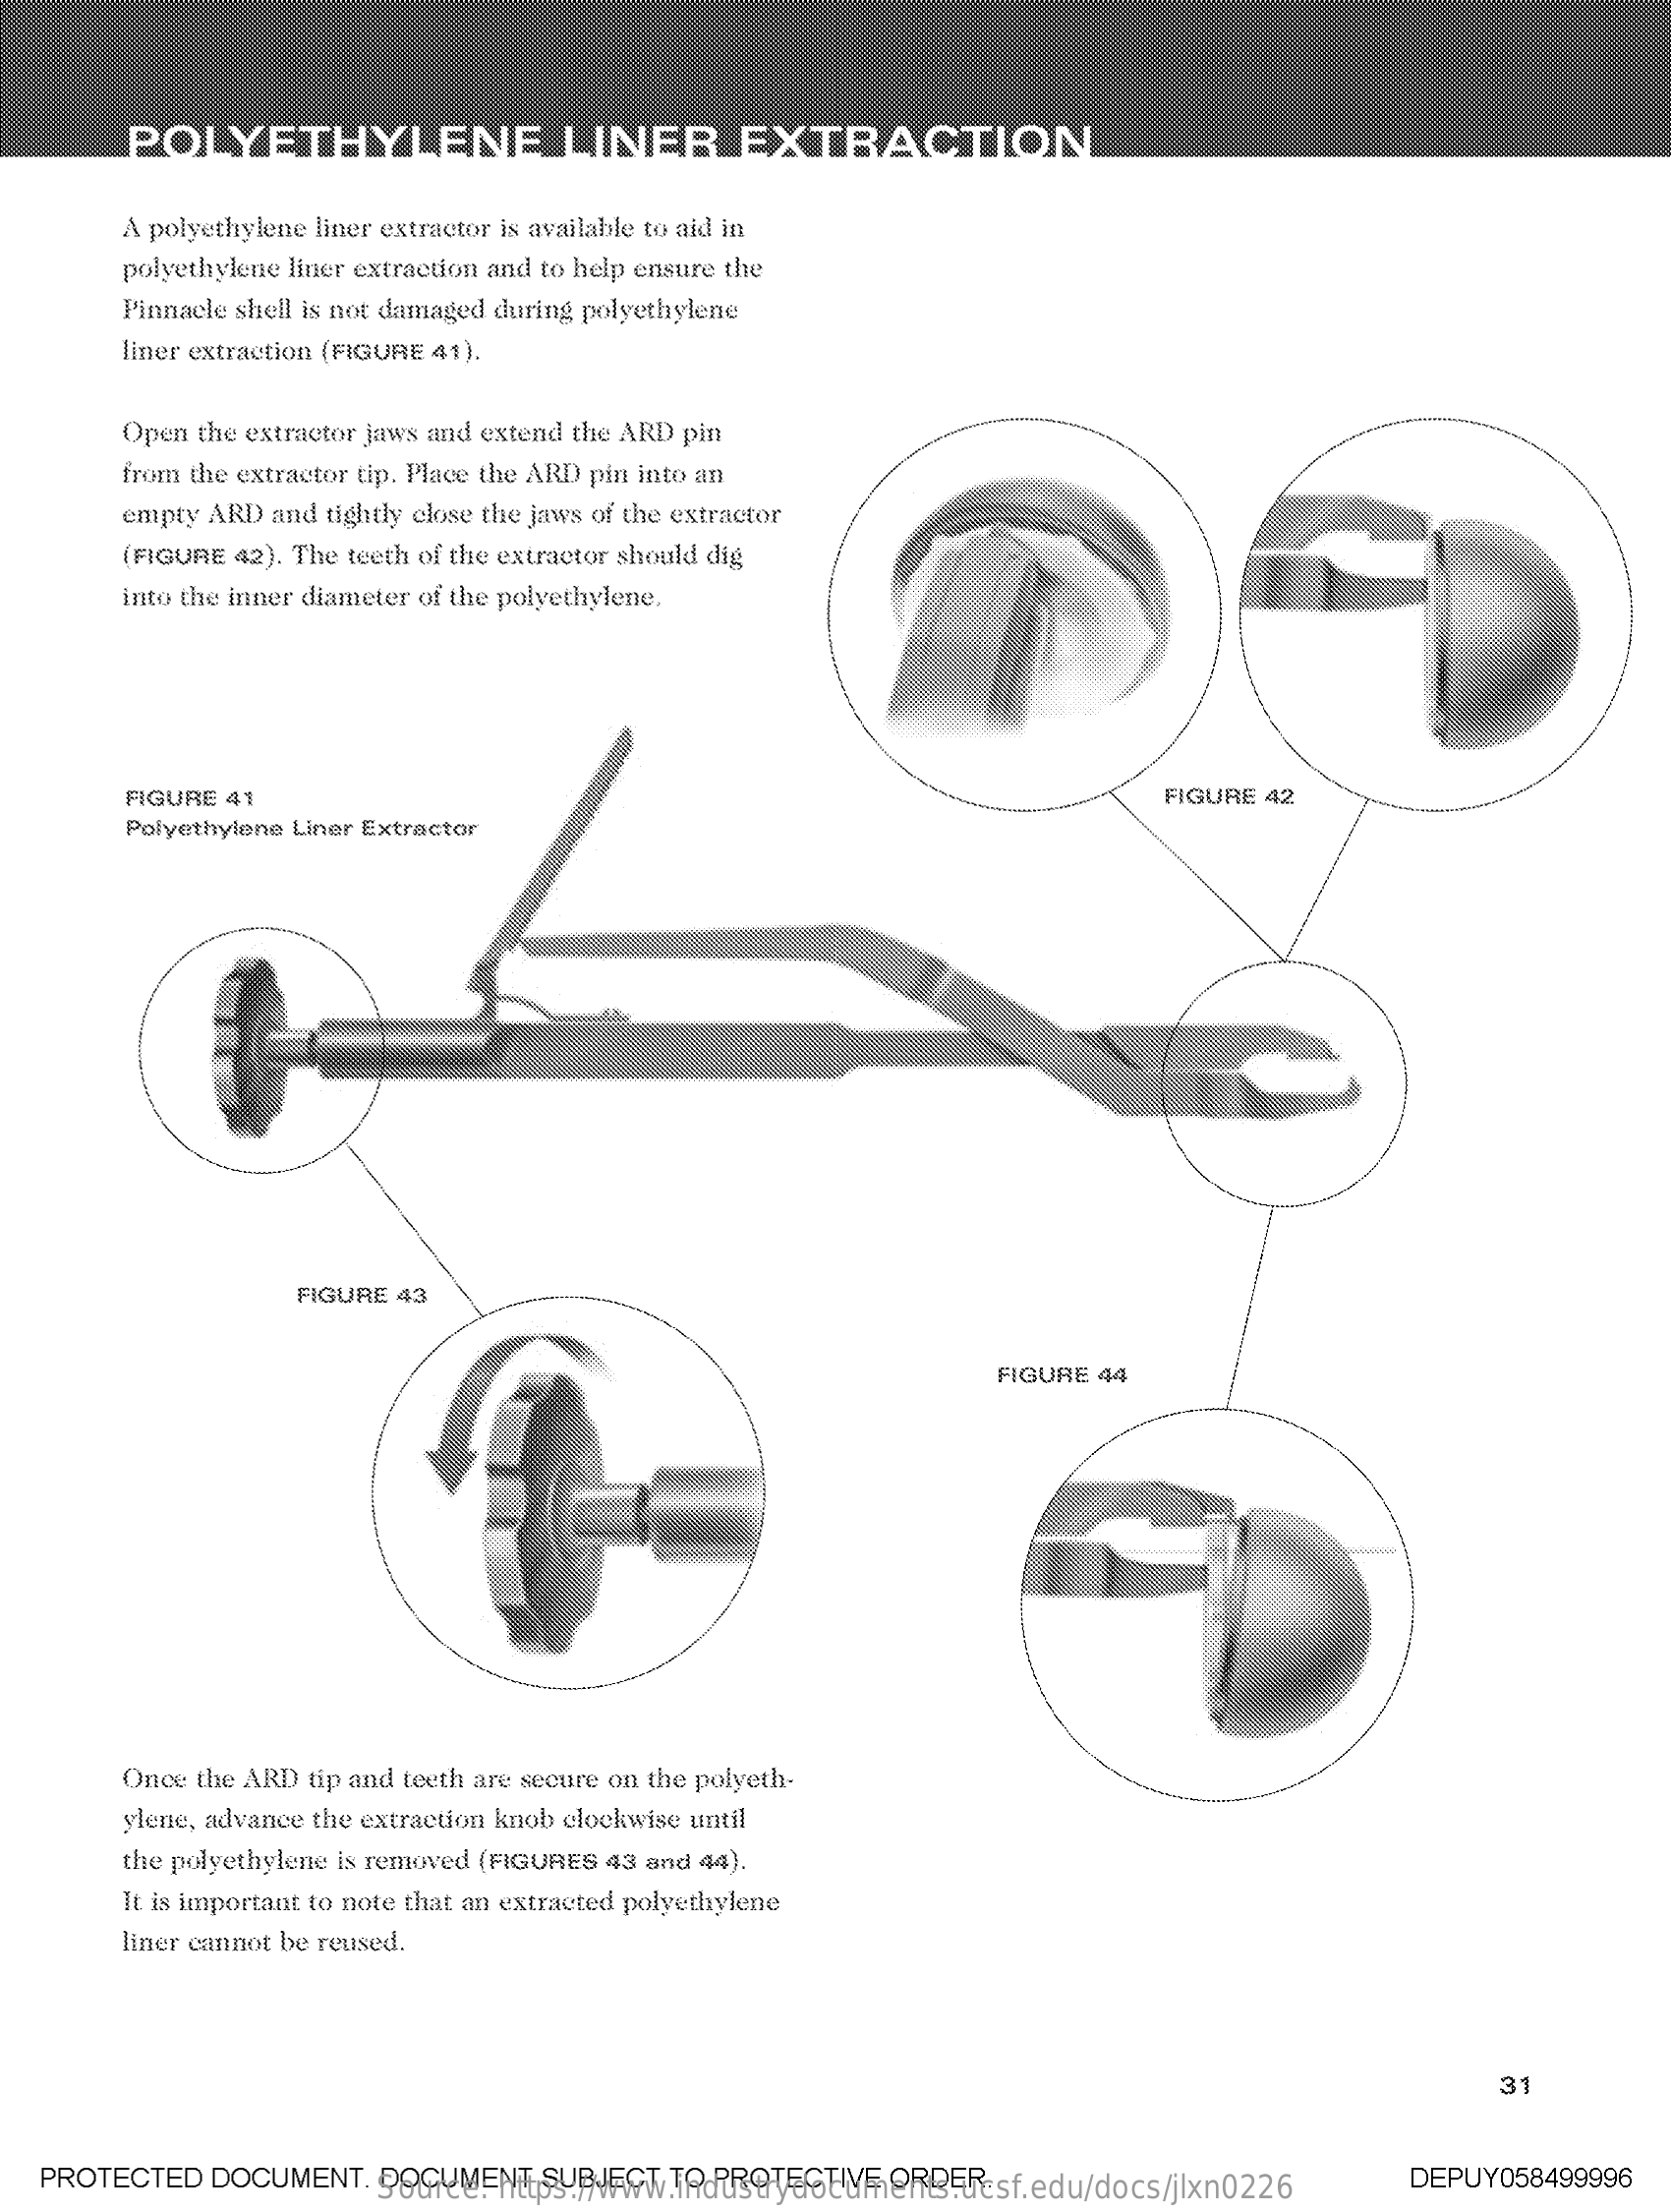
POLYETHYLENE    LINER    EXTRACTION
     A polyethylene liner extractor is available to aid in
     polyethylene liner extraction and to help ensure the
     Pinnacle shell is not damaged during polyethylene
     liner extraction (FIGURE 41).
     Open the extractor jaws and extend the ARD pin
     from the extractor tip. Place the ARD pin into an
     empty ARD  and tightly close the jaws of the extractor
     (FIGURE 42). The teeth of the extractor should dig
     into the inner diameter of the polyethylene.
     FIGURE  41    FIGURE  42
     Polyethylene Liner Extractor
     FIGURE  43
     FIGURE  44
     Once the ARD  tip and teeth are secure on the polyeth-
     ylene, advance the extraction knob clockwise until
     the polyethylene is removed (FIGURES 43 and 44).
     It is important to note that an extracted polyethylene
     liner cannot be reused.
     31
   PROTECTED    DOCUMENT,    DOCUMENT    SUBJECT   TO PROTECTIVE    ORDER. Source: https://www.industrydocuments.ucsf.edu/docs/jlxn0226 DEPUY058499996